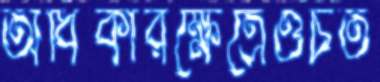
অধিকারক্ষেত্রেওচত